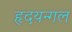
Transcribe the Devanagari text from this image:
हृदयन्गल